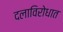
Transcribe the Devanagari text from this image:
दलाविरोधात